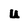
Character: u